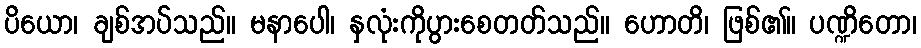
ပိယော၊ ချစ်အပ်သည်။ မနာပေါ၊ နှလုံးကိုပွားစေတတ်သည်။ ဟောတိ၊ ဖြစ်၏။ ပဏ္ဍိတော၊